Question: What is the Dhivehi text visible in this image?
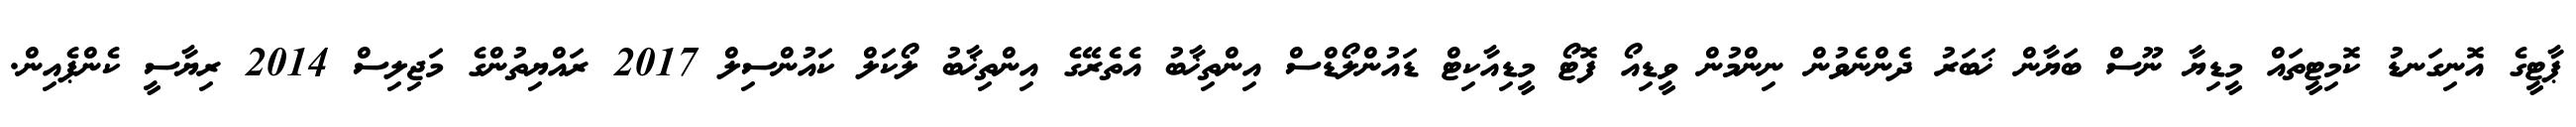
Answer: ޕާޓީގެ އޮނިގަނޑު ކޮމިޓީތައް މީޑިޔާ ނޫސް ބަޔާން ޚަބަރު ދެންނެވުން ނިންމުން ވީޑިއޯ ފޮޓޯ މީޑިއާކިޓް ޑައުންލޯޑްސް އިންތިޚާބު އެތެރޭގެ އިންތިޚާބު ލޯކަލް ކައުންސިލް 2017 ރައްޔިތުންގެ މަޖިލިސް 2014 ރިޔާސީ ކެންޕެއިން.